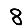
Digit: 8